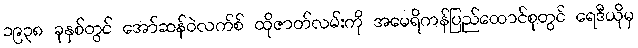
၁၉၃၈ ခုနှစ်တွင် အော်ဆန်ဝဲလက်စ် ထိုဇာတ်လမ်းကို အမေရိကန်ပြည်ထောင်စုတွင် ရေဒီယိုမှ